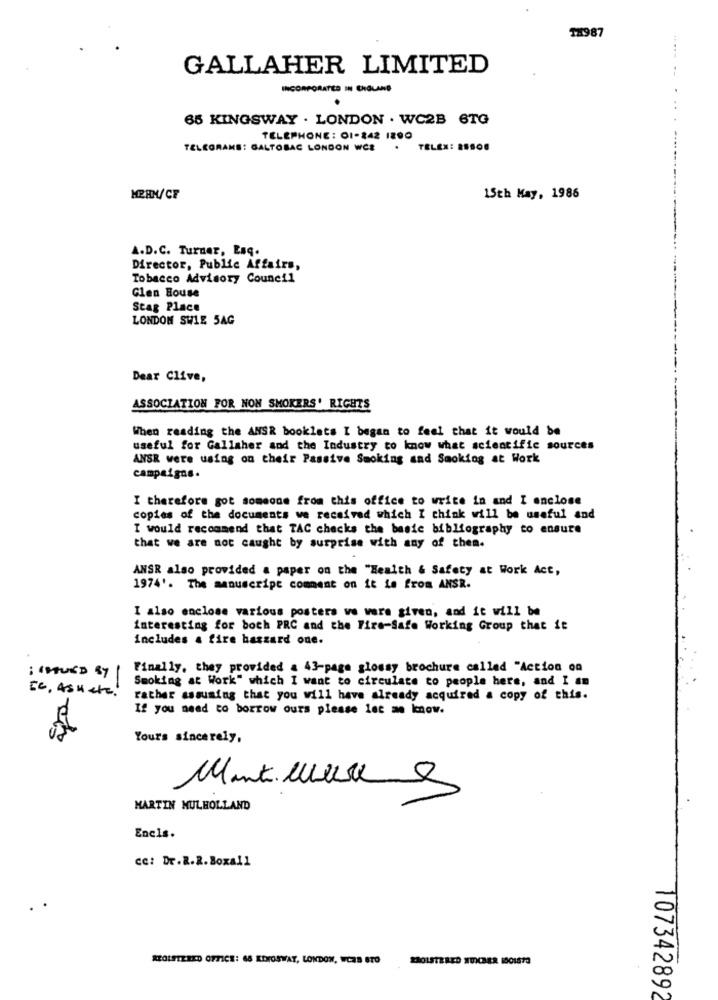
TH987
GALLAHER LIMITED
.-
INCORPORATED IN ENGLAND
65 KINGSWAY . LONDON . WC2B 6TG
TELEPHONE : 01-242 1290
TELEGRAMS: GALTOBAC LONDON WCE
.
TELEN: 88808
MEAN/CF
15th May, 1986
A.D.C. Turner, Laq.
Director, Public Affairs,
Tobacco Advisory Council
Glen House
Stag Place
LONDON SWIE 5AG
Dear Clive,
ASSOCIATION FOR NON SMOKERS' RIGHTS
When reading the ANSR booklets I began to feel that it would be
useful for Gallaher and the Industry to know what scientific sources
ANSR were using on their Passive Smoking and Smoking at Work
campaigns.
I therefore got someone from this office to write in and I enclose
copies of the documents we received which I think will be useful and
I would recommend that TAC checks the basic bibliography to ensure
that we are not caught by surprise with any of them.
ANSR also provided a paper on the "Health & Safety at Work Act,
1974'. The manuscript comment on it is from ANSR.
I also enclose various posters we were given, and it will be
interesting for boch PRC and the Fire-Safe Working Group that it
includes & fire hazzard one.
Finally, they provided & 43-page glossy brochure called "Action on
Smoking at Work" which I want to circulate to people here, and I am
EC. ASH etc.
rather assuming that you will have already acquired a copy of this.
If you need to borrow ours please let me know.
Yours sincerely,
Manteles
MARTIN MULHOLLAND
Encis.
ce: Dr.R.R. Boxall
ROLFTERED OFFICE: 65 KINGSWAY, LONDON, WCRB STO
107342892